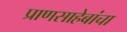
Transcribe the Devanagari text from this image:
प्राणसाहेबांचा